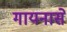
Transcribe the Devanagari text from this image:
गायनासे